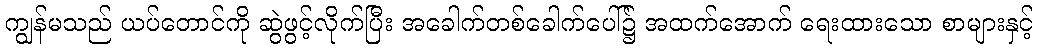
ကျွန်မသည် ယပ်တောင်ကို ဆွဲဖွင့်လိုက်ပြီး အခေါက်တစ်ခေါက်ပေါ်၌ အထက်အောက် ရေးထားသော စာများနှင့်